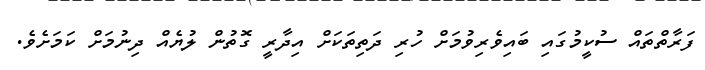
ފަރާތްތައް ސުކީމުގައި ބައިވެރިވުމަށް ހުރި ދަތިތަކަށް އިދާރީ ގޮތުން ލުޔެއް ދިނުމަށް ކަމަށެވެ.